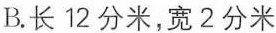
B. 长12分米，宽2分米